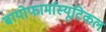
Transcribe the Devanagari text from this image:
बायोफार्मास्यूटिकल